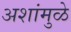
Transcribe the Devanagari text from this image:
अशांमुळे